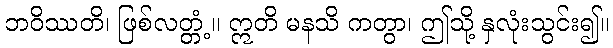
ဘဝိဿတိ၊ ဖြစ်လတ္တံ့။ ဣတိ မနသိ ကတွာ၊ ဤသို့ နှလုံးသွင်း၍။